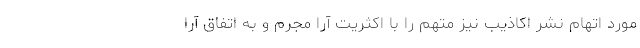
مورد اتهام نشر اکاذیب نیز متهم را با اکثریت آرا مجرم و به اتفاق آرا